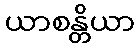
ယာစန္တိယာ